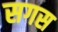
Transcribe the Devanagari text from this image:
सगस